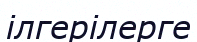
ілгерілерге